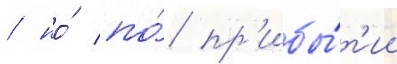
/ но́ по́ пр'ибы́т'ии